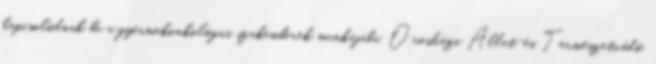
kapcsolódnak be a gyermekonkológus szakemberek munkájába. Orosházi Állat-és Természetvédő